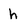
Character: h